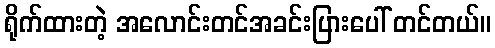
ရိုက်ထားတဲ့ အလောင်းတင်အခင်းပြားပေါ် တင်တယ်။